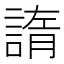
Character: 𧩭